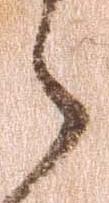
之